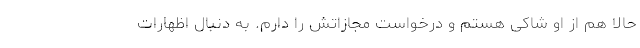
حالا هم از او شاکی هستم و درخواست مجازاتش را دارم. به دنبال اظهارات